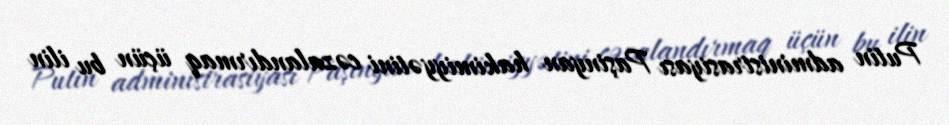
Putin administrasiyası Paşinyan hakimiyyətini cəzalandırmaq üçün bu ilin